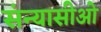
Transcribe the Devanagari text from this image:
संन्यासीओ